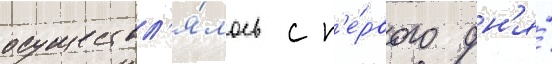
осуществл'я́лось с п'е́рвого дн'я́